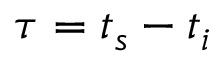
\tau = t _ { s } - t _ { i }